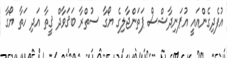
އުފެދިގެންއައީ އުޕަނިދާޝްސް ޕަތަންޖާލިގެ ޔޯގާ ސުތްރާ ބަޤަވާދް ޤީތާ އަދި ހަތާ ޔޯގާ